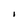
Character: I